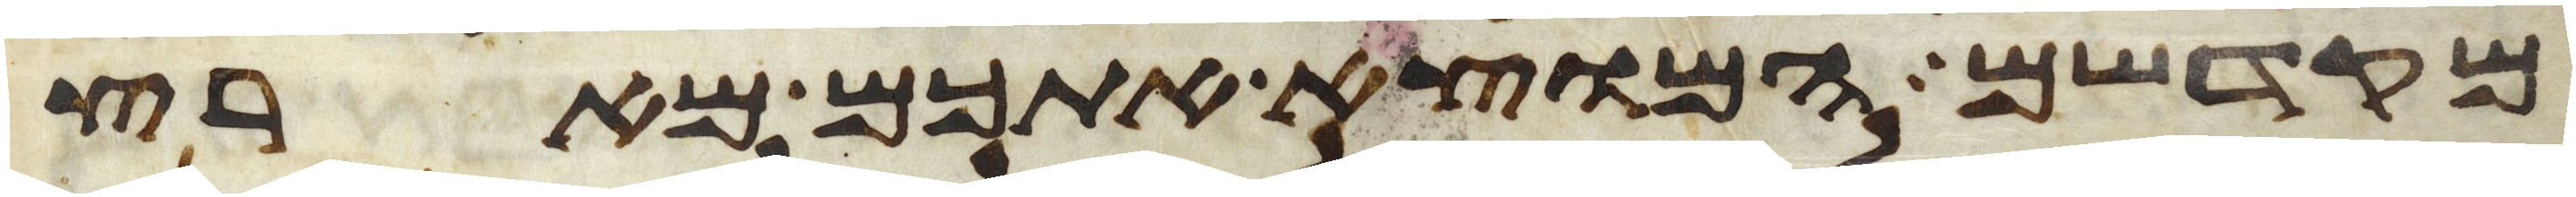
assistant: מקדשם המוצא אתכם מארץ